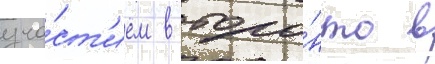
уча́ст'ием в торо́нто в